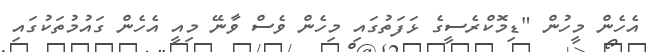
އެހެން މީހުން "ޑިމޮކްރެސީގެ ޅަފަތުގައި މިހެން ވެސް ވާނޭ މިއީ އެހެން ގައުމުތަކުގައި